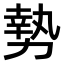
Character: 𫝑